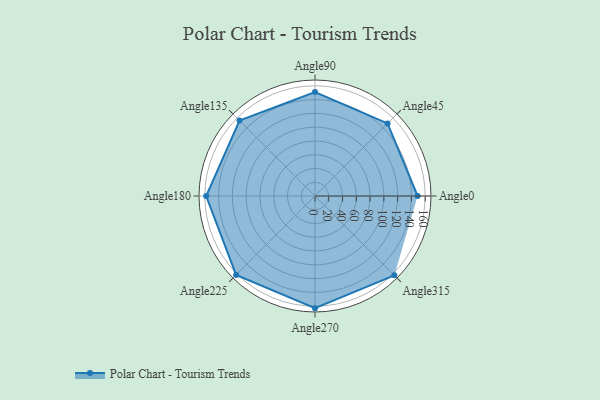
{"axis": {"x": "Angle", "y": "Radius"}, "legend": [""], "data": [{"x": "Angle0", "y": 149.0, "type": ""}, {"x": "Angle45", "y": 149.0, "type": ""}, {"x": "Angle90", "y": 151.0, "type": ""}, {"x": "Angle135", "y": 155.0, "type": ""}, {"x": "Angle180", "y": 158.0, "type": ""}, {"x": "Angle225", "y": 162.0, "type": ""}, {"x": "Angle270", "y": 163.0, "type": ""}, {"x": "Angle315", "y": 163.0, "type": ""}]}